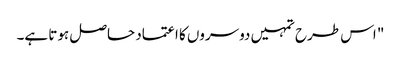
" اس طرح تمہیں دوسروں کا اعتماد حاصل ہوتا ہے۔